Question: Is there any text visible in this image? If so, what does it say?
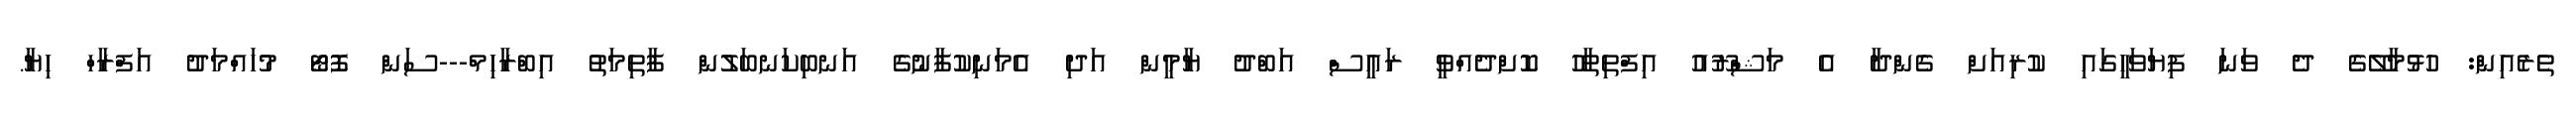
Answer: ތެރެއިން: ހުޅުމާލޭގެ ދެ ވަނަ ފިޔަވަހީގައި ކުރިއަށް ގެންދާ އެ މަޝްރޫއު އިފްތިތާހު ކޮށްދެއްވީ ރައީސް އަބްދު ޔާމީން އަދި އެމަނިކުފާނުގެ އަނބިކަނބަލުން ފާތިމަތު އިބްރާހިމް---ސަން ފޮޓޯ މުހައްމަދު އަފްރާހް ހިޔާ.